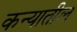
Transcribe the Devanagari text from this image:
कन्यातील